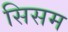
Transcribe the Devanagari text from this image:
सिसम